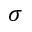
\sigma